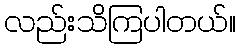
လည်းသိကြပါတယ်။